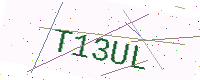
Text: T13UL